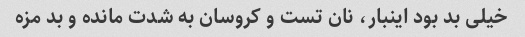
خیلی بد بود اینبار، نان تست و کروسان به شدت مانده و بد مزه